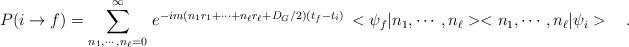
LaTeX: \begin{align*}P(i\rightarrow f)=\sum_{n_1,\cdots,n_\ell=0}^\infty\,e^{-im(n_1r_1+\cdots +n_\ell r_\ell+D_G/2)(t_f-t_i)}\,<\psi_f|n_1,\cdots,n_\ell><n_1,\cdots,n_\ell|\psi_i>\ \ \ .\end{align*}